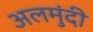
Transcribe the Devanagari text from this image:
अलमुंदी